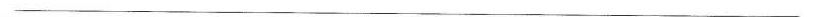
___